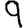
Digit: 9